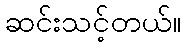
ဆင်းသင့်တယ်။